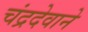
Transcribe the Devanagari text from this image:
चंद्रदेवाने